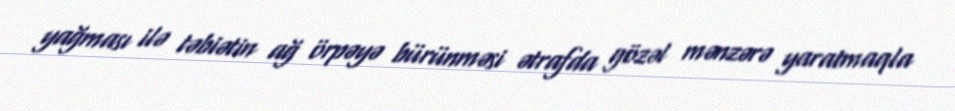
yağması ilə təbiətin ağ örpəyə bürünməsi ətrafda gözəl mənzərə yaratmaqla